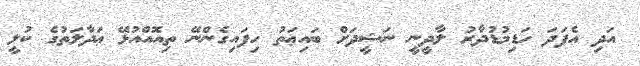
އަދި އެފަދަ ހަޑިމުޑުދާރު ލާދީނީ ނަޝީދަށް ބައިޢަތު ހިފައިގެންނޭ ތިއޮއްއުޅޭ ޢަދާލަތުގެ ކުލީ